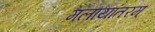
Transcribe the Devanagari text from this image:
मलायांतरम्‌